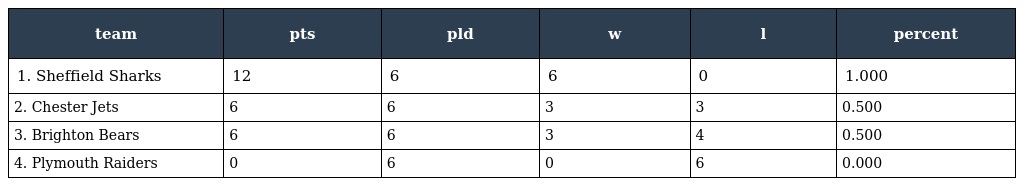
| team | pts | pld | w | l | percent |
 | --- | --- | --- | --- | --- | --- |
 | 1. Sheffield Sharks | 12 | 6 | 6 | 0 | 1.000 |
 | 2. Chester Jets | 6 | 6 | 3 | 3 | 0.500 |
 | 3. Brighton Bears | 6 | 6 | 3 | 4 | 0.500 |
 | 4. Plymouth Raiders | 0 | 6 | 0 | 6 | 0.000 |